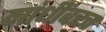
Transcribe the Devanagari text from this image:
गांधींवरच